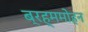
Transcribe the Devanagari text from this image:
ब्रह्ममोहन